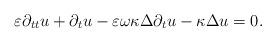
LaTeX: \begin{align*}\varepsilon \partial_{tt}u+\partial_t u-\varepsilon\omega\kappa\Delta\partial_t u-\kappa\Delta u =0.\end{align*}